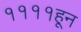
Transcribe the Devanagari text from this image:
११११हून